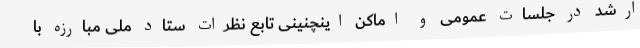
ارشد در جلسات عمومی و اماکن اینچنینی تابع نظرات ستاد ملی مبارزه با